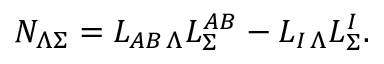
{ \cal N } _ { \Lambda \Sigma } = L _ { A B \, \Lambda } L _ { \Sigma } ^ { A B } - L _ { I \, \Lambda } L _ { \Sigma } ^ { I } .